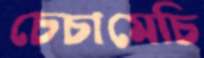
চেচামেচি